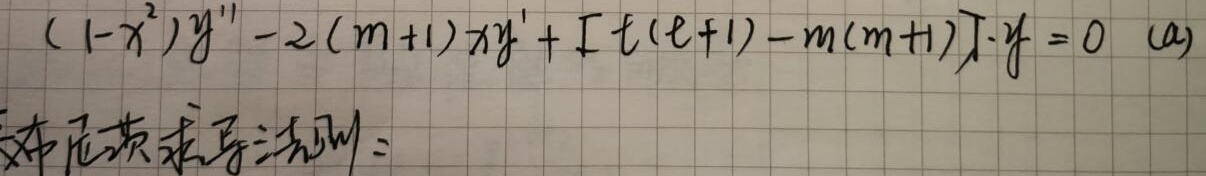
\[(1 - x^{2})y'' - 2(m + 1)xy' + [\ell(\ell + 1)-m(m + 1)]\cdot y = 0\quad (a)\]
莱布尼茨求导法则：